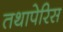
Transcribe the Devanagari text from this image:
तथापेरिस